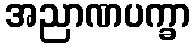
အညာဏပက္ခာ